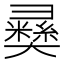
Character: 𢑴